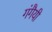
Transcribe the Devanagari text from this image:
गंगैयी